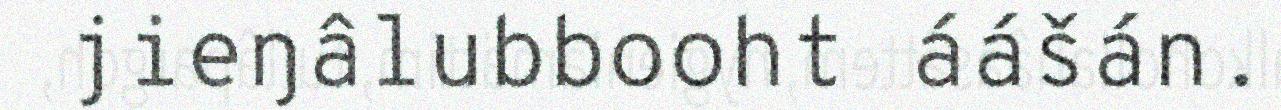
jieŋâlubbooht áášán.